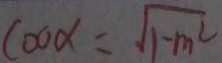
\cos \alpha = \sqrt { 1 - m ^ { 2 } }